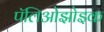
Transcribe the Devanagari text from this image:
पॅलिओझोइक